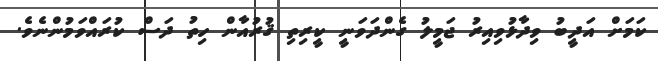
ކަމަށް އަދީބު ވިދާޅުވިއިރު ޖަމީލު ގެންދަވަނީ ކީރިތި ޤުރުއާން ހިތު ދަސް ކުރައްވަމުންނެވެ.